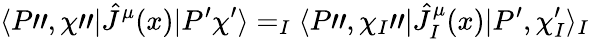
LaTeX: \langle P",\chi"|{\hat{J}}^{\mu}(x)|P^{\prime}\chi^{\prime}\rangle=_{I}\langle P",\chi_{I}"|{\hat{J}}_{I}^{\mu}(x)|P^{\prime},\chi_{I}^{\prime}\rangle_{I}